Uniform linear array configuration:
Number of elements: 16
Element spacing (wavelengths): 0.25
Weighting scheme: exponential
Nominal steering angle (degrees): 15
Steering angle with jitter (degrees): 16.639
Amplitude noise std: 0.05
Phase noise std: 0.05

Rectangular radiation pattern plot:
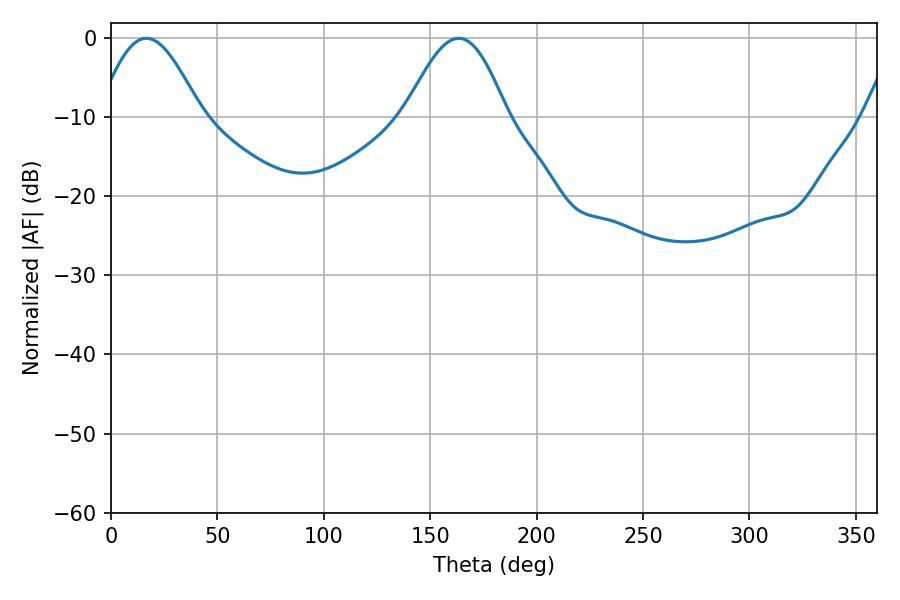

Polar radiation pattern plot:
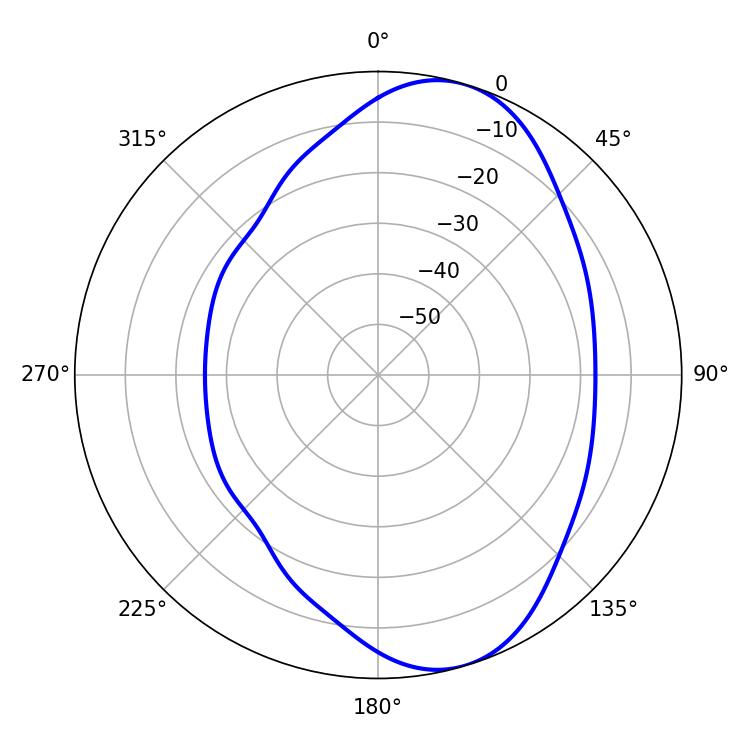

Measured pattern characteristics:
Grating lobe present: FALSE
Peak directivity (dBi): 7.854
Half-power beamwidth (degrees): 25.56
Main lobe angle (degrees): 16.56